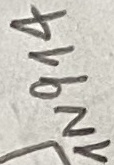
Text: 1N914